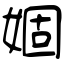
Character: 婟